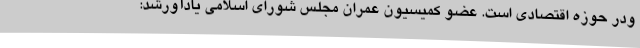
ودر حوزه اقتصادی است. عضو کمیسیون عمران مجلس شورای اسلامی یادآورشد: